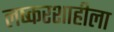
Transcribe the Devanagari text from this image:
लष्करशाहीला